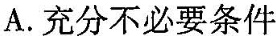
A.充分不必要条件